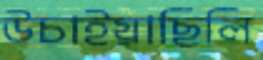
উচাইয়াছিলি